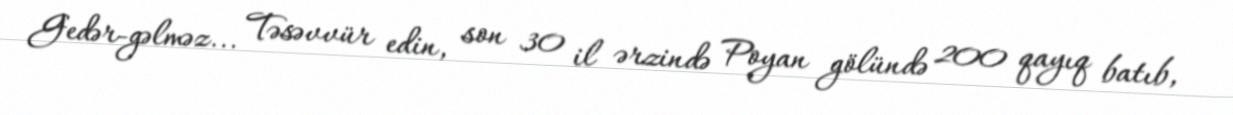
Gedər-gəlməz... Təsəvvür edin, son 30 il ərzində Poyan gölündə 200 qayıq batıb,